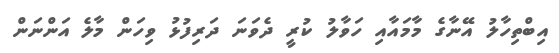
އިބްތިހާލު އޭނާގެ މާމައާއި ހަވާލު ކުރީ ދެވަނަ ދަރިފުޅު ވިހަން މާލެ އަންނަން